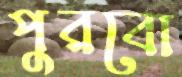
পুরবো